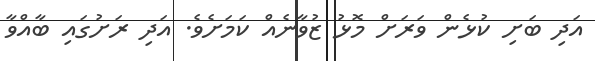
އަދި ބަށި ކުޅެން ވަރަށް މޮޅު ޒުވާނެއް ކަމަށެވެ. އަދި ރަށުގައި ބާއްވާ